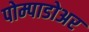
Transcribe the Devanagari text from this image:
पोम्पाडोअर